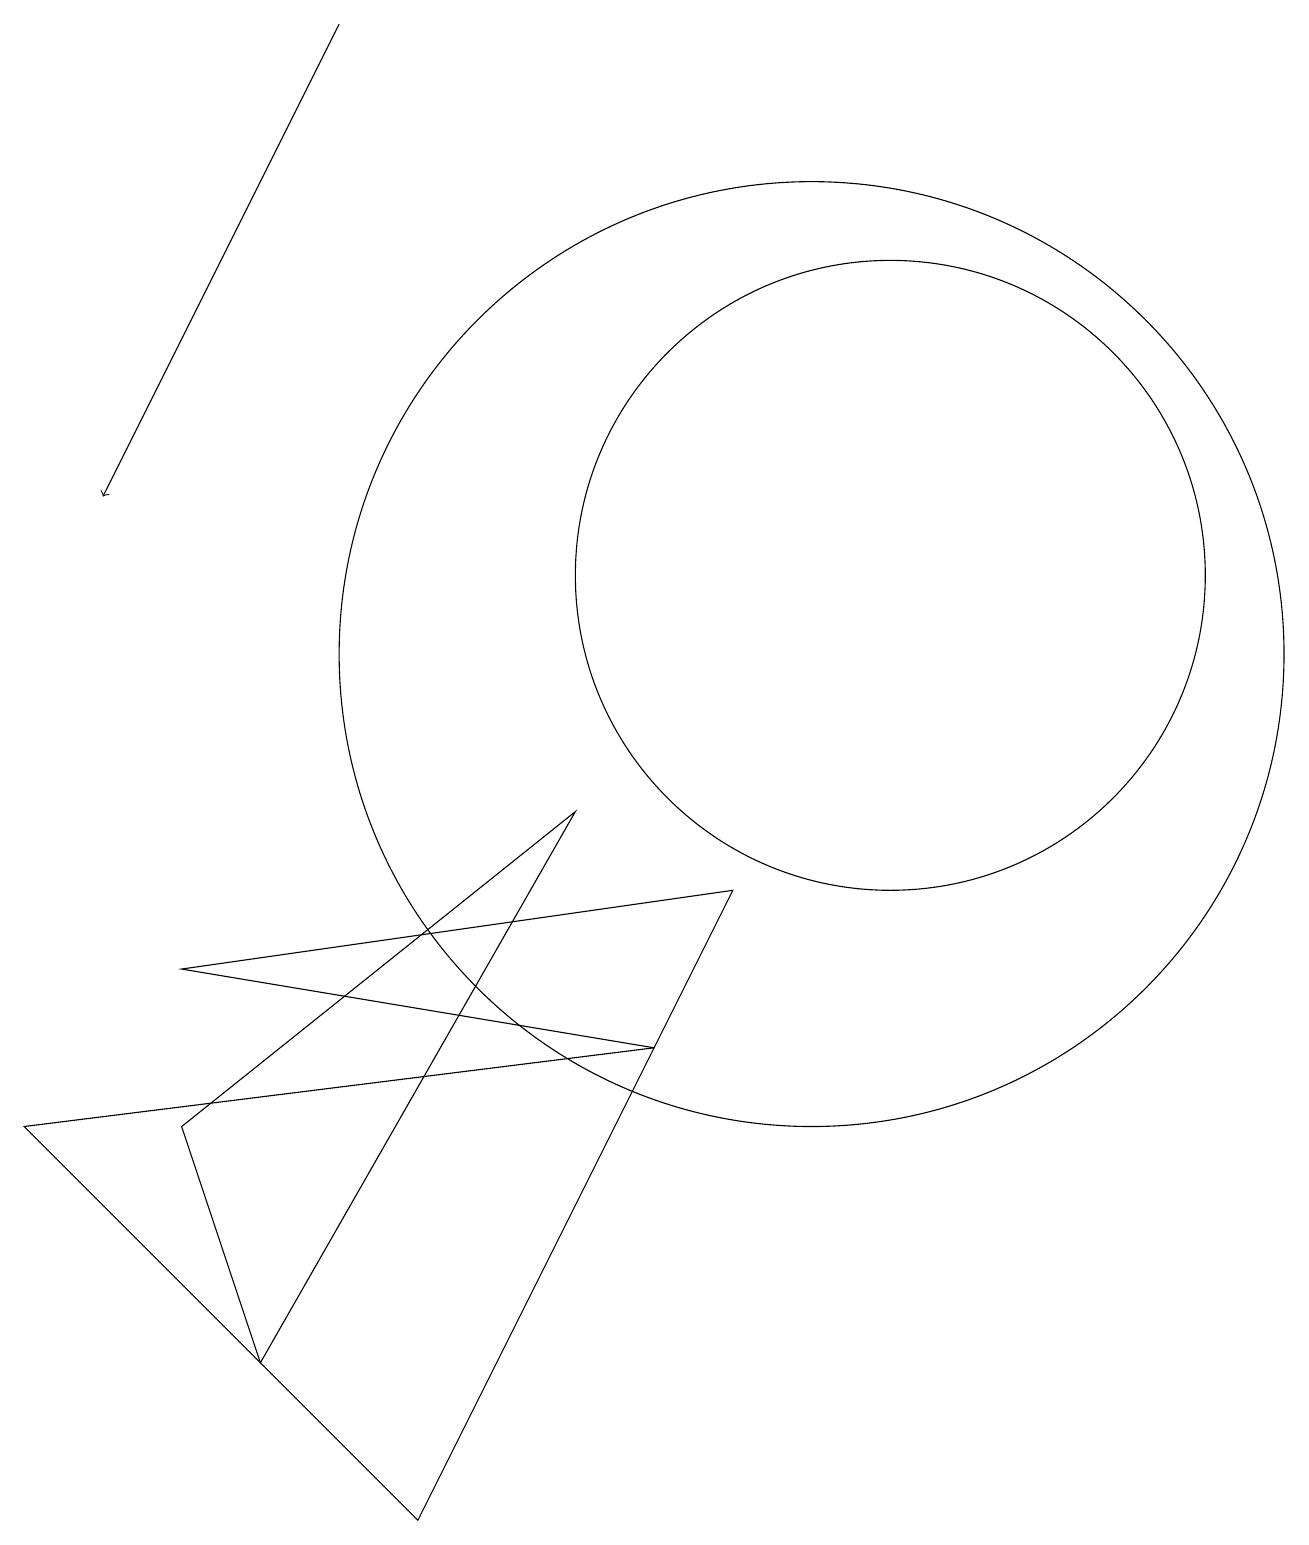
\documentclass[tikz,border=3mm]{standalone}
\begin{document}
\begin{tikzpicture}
\draw (8,6) -- (0,5) -- (5,0) -- cycle;
\draw (11,12) circle (4);
\draw (2,7) -- (9,8) -- (8,6) -- cycle;
\draw[->] (4,19) -- (1,13);
\draw (7,9) -- (3,2) -- (2,5) -- cycle;
\draw (10,11) circle (6);
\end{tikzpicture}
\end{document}